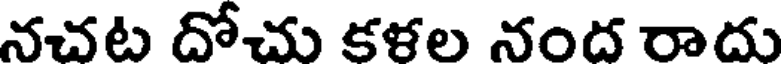
నచట దోచు కళల నంద రాదు